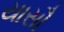
યાસૌ